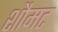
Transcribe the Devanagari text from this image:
शौमट